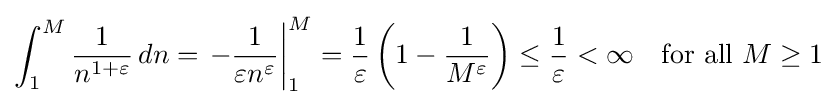
\int _{1}^{M}{\frac {1}{n^{1+\varepsilon }}}\,dn=\left.-{\frac {1}{\varepsilon n^{\varepsilon }}}\right|_{1}^{M}={\frac {1}{\varepsilon }}\left(1-{\frac {1}{M^{\varepsilon }}}\right)\leq {\frac {1}{\varepsilon }}<\infty \quad {\text{for all }}M\geq 1